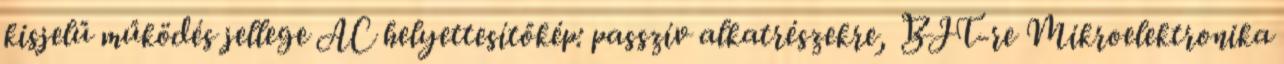
kisjelű működés jellege AC helyettesítőkép: passzív alkatrészekre, BJT-re Mikroelektronika